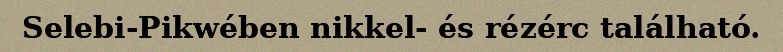
Selebi-Pikwében nikkel- és rézérc található.